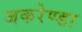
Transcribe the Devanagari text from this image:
जकरेण्डा